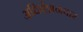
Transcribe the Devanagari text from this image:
अधिवेशनवार